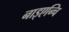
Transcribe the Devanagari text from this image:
नाइएन्चि